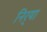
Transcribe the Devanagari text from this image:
निर्‍या